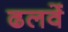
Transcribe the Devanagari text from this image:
ढलवें